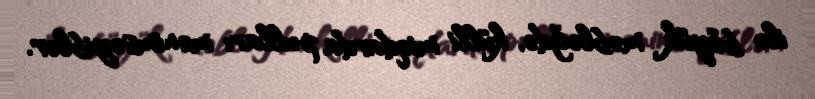
ilə böyük məbləğdə, külli miqdarda pulları mənimsəyiblər.